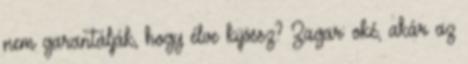
nem garantálják, hogy élve kijössz? Zagar: oké, akár az